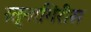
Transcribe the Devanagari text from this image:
रत्नागिरीस